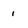
Character: 1